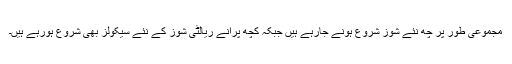
مجموعی طور پر چھ نئے شوز شروع ہونے جارہے ہیں جبکہ کچھ پرانے ریالٹی شوز کے نئے سیکولز بھی شروع ہورہے ہیں۔